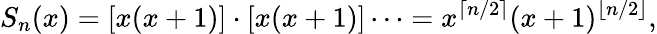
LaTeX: S_{n}(x)=[x(x+1)]\cdot[x(x+1)]\cdots=x^{\lceil n/2\rceil}(x+1)^{\lfloor n/2\rfloor},